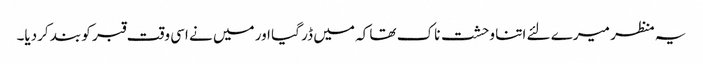
یہ منظر میرے لئے اتنا وحشت ناک تھا کہ میں ڈر گیا اور میں نے اسی وقت قبر کو بند کردیا۔